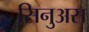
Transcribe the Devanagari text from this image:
सिनुअस